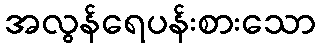
အလွန်ရေပန်းစားသော